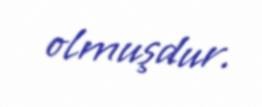
olmuşdur.